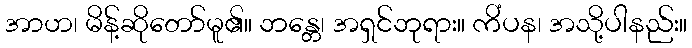
အာဟ၊ မိန့်ဆိုတော်မူ၏။ ဘန္တေ၊ အရှင်ဘုရား။ ကိံပန၊ အသို့ပါနည်း။